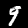
Digit: 9